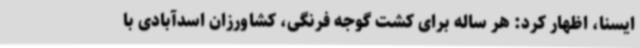
ایسنا، اظهار کرد: هر ساله برای کشت گوجه فرنگی، کشاورزان اسدآبادی با